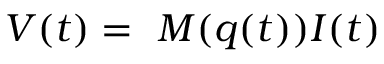
V ( t ) = \ M ( q ( t ) ) I ( t )